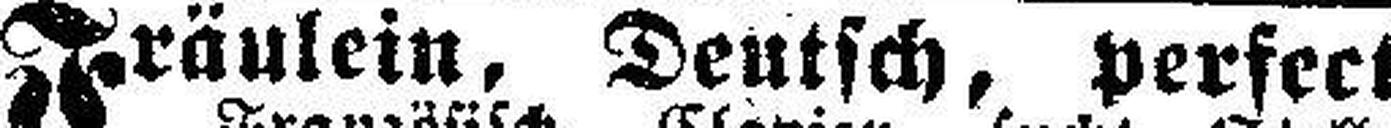
Fräulein, Deutsch, perfect